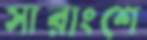
সারাংশে